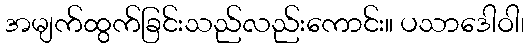
အမျက်ထွက်ခြင်းသည်လည်းကောင်း။ ပသာဒေါဝါ၊